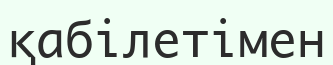
қабілетімен